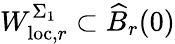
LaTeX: W_{\mathrm{loc},r}^{\Sigma_{1}}\subset\widehat{B}_{r}(0)